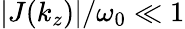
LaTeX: |J(k_{z})|/\omega_{0}\ll 1